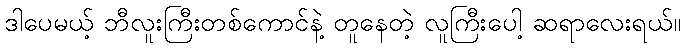
ဒါပေမယ့် ဘီလူးကြီးတစ်ကောင်နဲ့ တူနေတဲ့ လူကြီးပေါ့ ဆရာလေးရယ်။